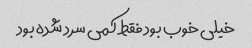
خیلی خوب بود فقط کمی سرد شده بود